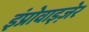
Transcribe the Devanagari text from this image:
इंप्रोवाइज़ेर